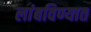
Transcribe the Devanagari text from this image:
लांबविण्यात